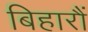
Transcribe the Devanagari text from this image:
बिहारौं